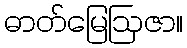
ဓာတ်မြေဩဇာ။